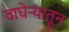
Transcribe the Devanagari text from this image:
वाघेऱ्यातून